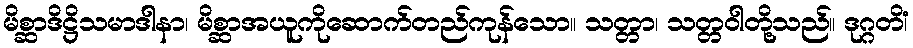
မိစ္ဆာဒိဋ္ဌိသမာဒါနာ၊ မိစ္ဆာအယူကိုဆောက်တည်ကုန်သော။ သတ္တာ၊ သတ္တဝါတို့သည်။ ဒုဂ္ဂတိံ၊